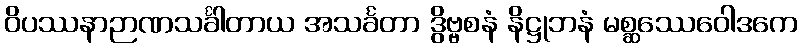
ဝိပဿနာဉာဏသင်္ခါတာယ အသင်္ခတာ ဒွိဗ္ဗစနံ နိဋ္ဌုဘနံ မစ္ဆဿေဝေါဒကေ